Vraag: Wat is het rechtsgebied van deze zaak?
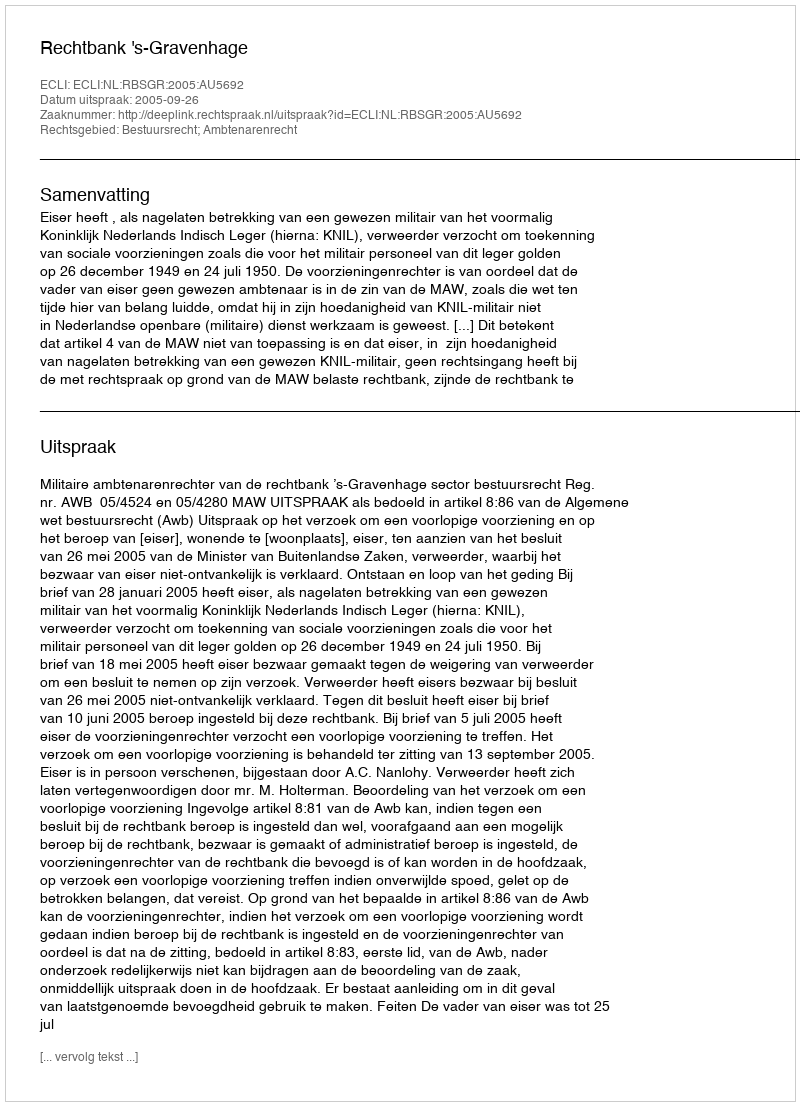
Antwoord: Bestuursrecht; Ambtenarenrecht